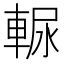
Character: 𰹒